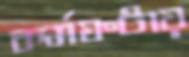
কর্মঘণ্টায়